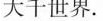
大千世界。